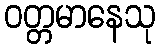
ဝတ္တမာနေသု